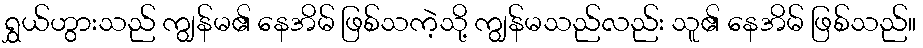
ရွှယ်ဟွားသည် ကျွန်မ၏ နေအိမ် ဖြစ်သကဲ့သို့ ကျွန်မသည်လည်း သူ၏ နေအိမ် ဖြစ်သည်။